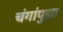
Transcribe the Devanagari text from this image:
चंगांपुझा